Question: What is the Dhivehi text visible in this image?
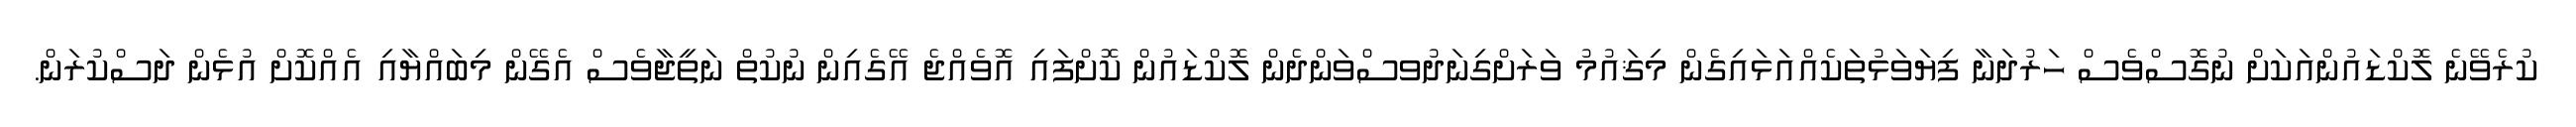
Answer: ކުރެވޭނެ ލޮކްޑައުންއަކަށް ނުގޮސްވެސް ހަރުދަނާ ފިޔަވަޅުތަކެއްއަޅައިގެން މިޤައުމު ވަރަށްގިނަދުވސްވަންދެން ލޮކްޑައުން ކޮށްފައި އޮވެއްޖެ އޭގެއިން ނުކުތް ނަތީޖާވެސް އެގޭން މިބައްޔާއި އެއްކޮށް އުޅެން ދަސްކުރަން.